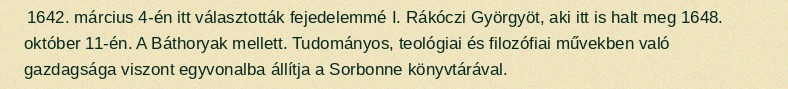
1642. március 4-én itt választották fejedelemmé I. Rákóczi Györgyöt, aki itt is halt meg 1648. október 11-én. A Báthoryak mellett. Tudományos, teológiai és filozófiai művekben való gazdagsága viszont egyvonalba állítja a Sorbonne könyvtárával.